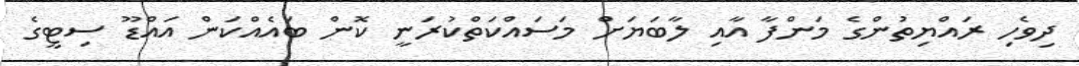
ދިވެހި ރައްޔިތުންގެ މަންފާ އާއި ލާބަޔަށް މަސައްކަތްކުރަނީ ކޮން ބައެއްކަން އައްޑޫ ސިޓީގެ